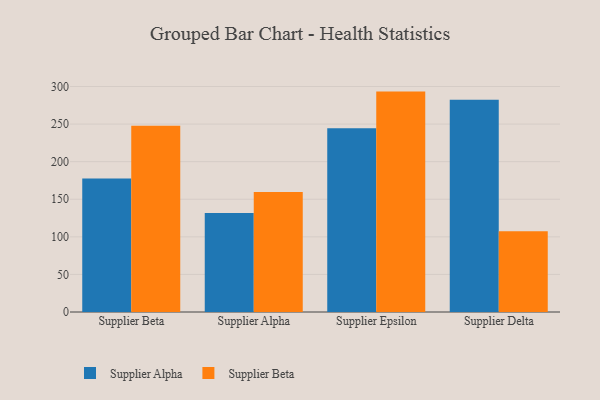
{"axis": {"x": "Supplier", "y": "Customer Acquisition Cost (USD)"}, "legend": ["Supplier Alpha", "Supplier Beta"], "data": [{"x": "Supplier Beta", "y": 177.5, "type": "Supplier Alpha"}, {"x": "Supplier Beta", "y": 247.7, "type": "Supplier Beta"}, {"x": "Supplier Alpha", "y": 131.7, "type": "Supplier Alpha"}, {"x": "Supplier Alpha", "y": 159.7, "type": "Supplier Beta"}, {"x": "Supplier Epsilon", "y": 244.6, "type": "Supplier Alpha"}, {"x": "Supplier Epsilon", "y": 293.2, "type": "Supplier Beta"}, {"x": "Supplier Delta", "y": 282.3, "type": "Supplier Alpha"}, {"x": "Supplier Delta", "y": 107.5, "type": "Supplier Beta"}]}